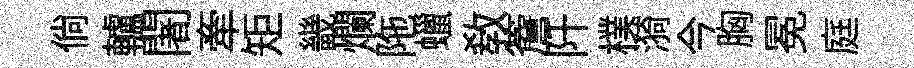
倘轤闍牽矩畿爛陁蠟教簷阡樸漪今胸冕庭